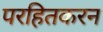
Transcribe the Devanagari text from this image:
परहितकरन